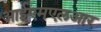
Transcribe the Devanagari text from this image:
आईएमएलआर